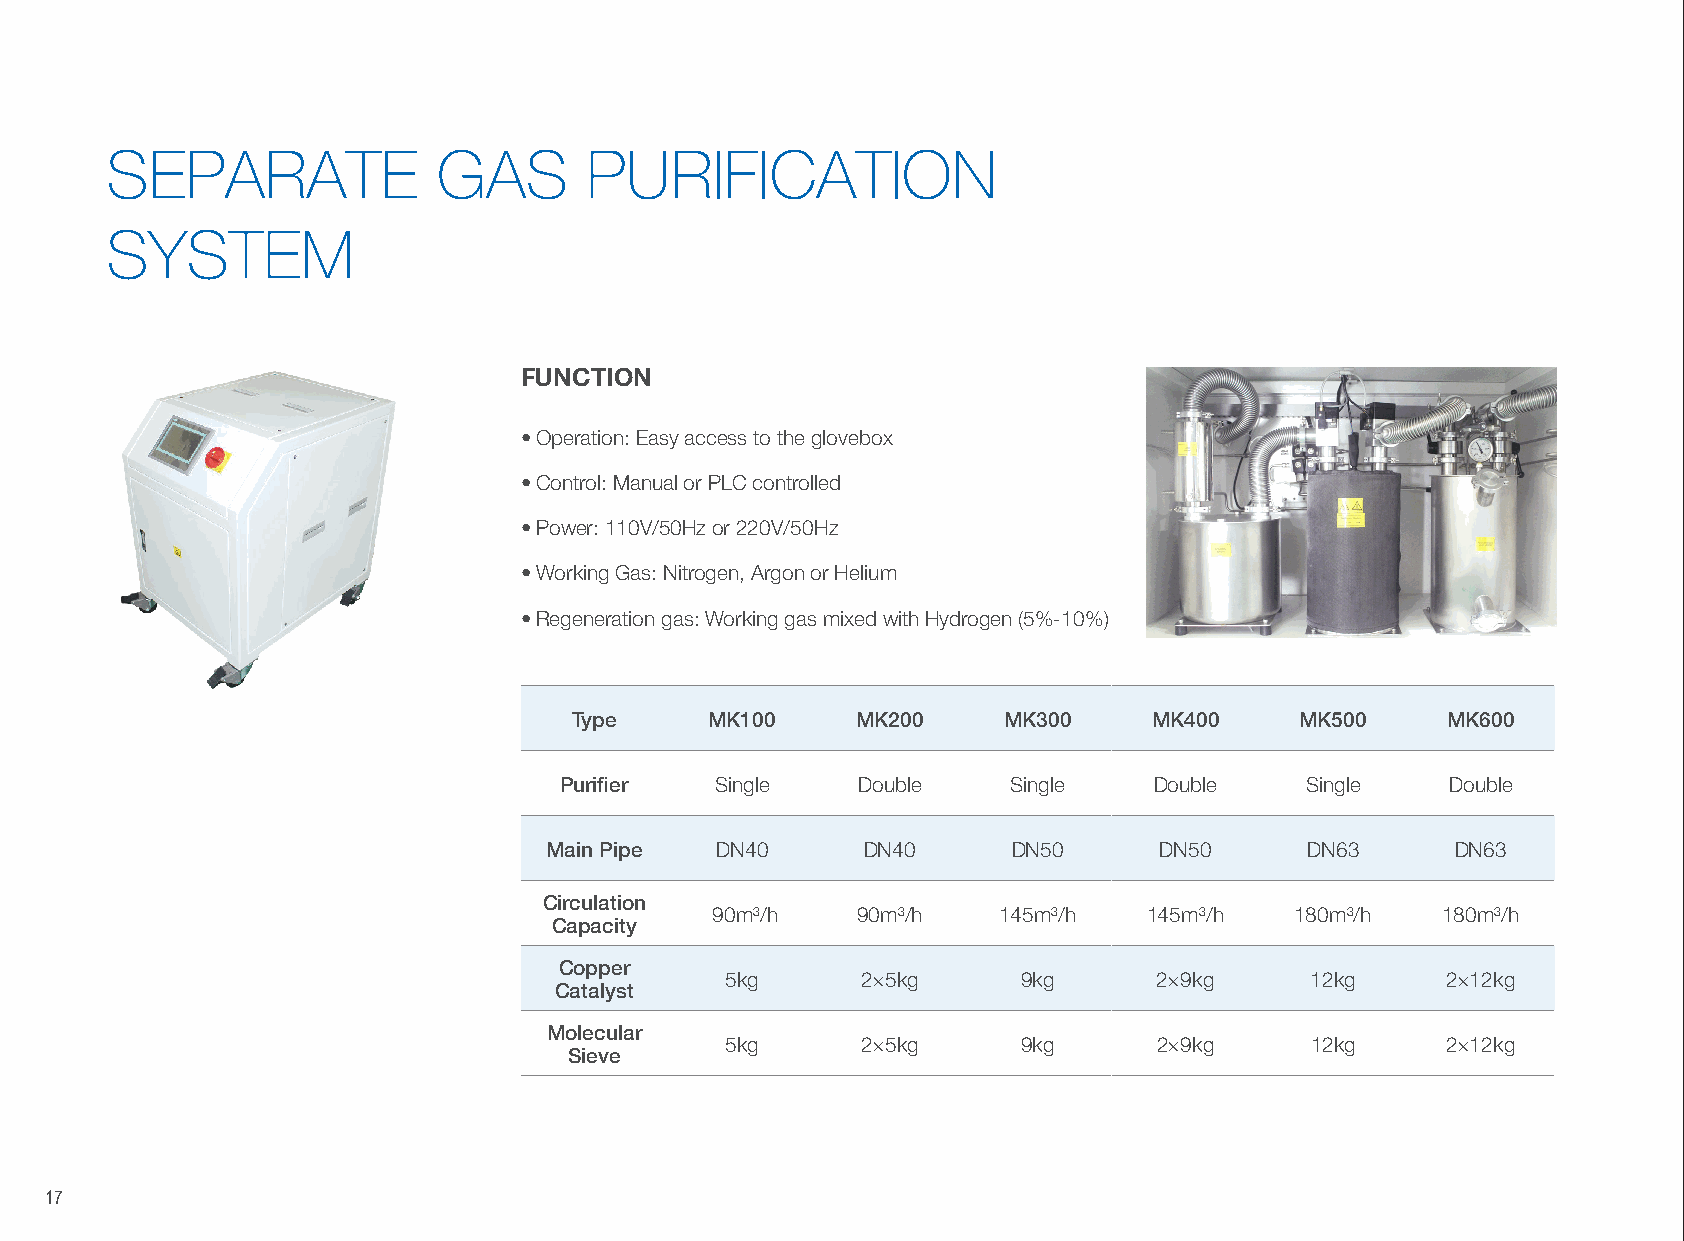
SEPARATE              GAS       PURIFICATION
 SYSTEM
 FUNCTION
 • Operation: Easy access to the glovebox
 • Control: Manual or PLC controlled
 • Power: 110V/50Hz or 220V/50Hz
 • Working Gas: Nitrogen, Argon or Helium
 • Regeneration gas: Working gas mixed with Hydrogen (5%-10%)
 Type     MK100     MK200    MK300     MK400     MK500     MK600
 Purifier  Single    Double    Single   Double    Single    Double
 Main Pipe  DN40      DN40      DN50      DN50     DN63      DN63
 Circulation
 90m3/h    90m3/h   145m3/h   145m3/h   180m3/h  180m3/h
 Capacity
 Copper
 5kg      2×5kg      9kg      2×9kg     12kg     2×12kg
 Catalyst
 Molecular
 5kg      2×5kg      9kg      2×9kg     12kg     2×12kg
 Sieve
 17